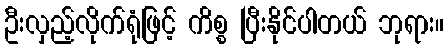
ဦးလှည့်လိုက်ရုံဖြင့် ကိစ္စ ပြီးနိုင်ပါတယ် ဘုရား။